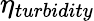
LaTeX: \eta_{turbidity}